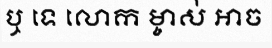
ឬ ទេ លោក ម្ចាស់ អាច